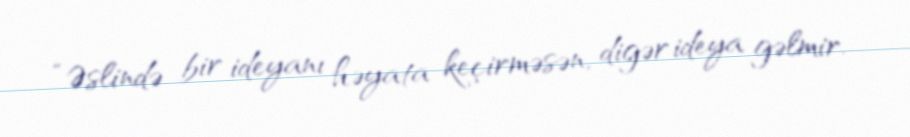
“Əslində bir ideyanı həyata keçirməsən, digər ideya gəlmir.